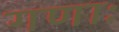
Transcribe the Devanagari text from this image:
गणाः